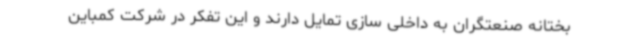
بختانه صنعتگران به داخلی سازی تمایل دارند و این تفکر در شرکت کمباین